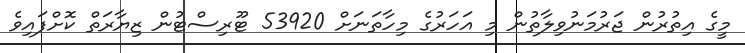
މީގެ އިތުރުން ޖަރުމަނުވިލާތުން މި އަހަރުގެ މިހާތަނަށް 53920 ޓޫރިސްޓުން ޒިޔާރަތް ކޮށްފައިވެ